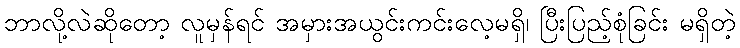
ဘာလို့လဲဆိုတော့ လူမှန်ရင် အမှားအယွင်းကင်းလေ့မရှိ၊ ပြီးပြည့်စုံခြင်း မရှိတဲ့